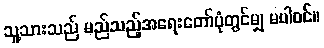
သူ့သားသည် မည်သည့်အရေးတော်ပုံတွင်မျှ မပါဝင်။